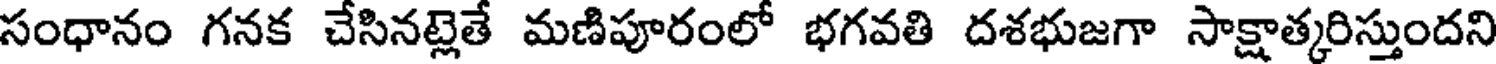
సంధానం గనక చేసినట్లెతే మణిపూరంలో భగవతి దశభుజగా సాక్షాత్కరిస్తుందని